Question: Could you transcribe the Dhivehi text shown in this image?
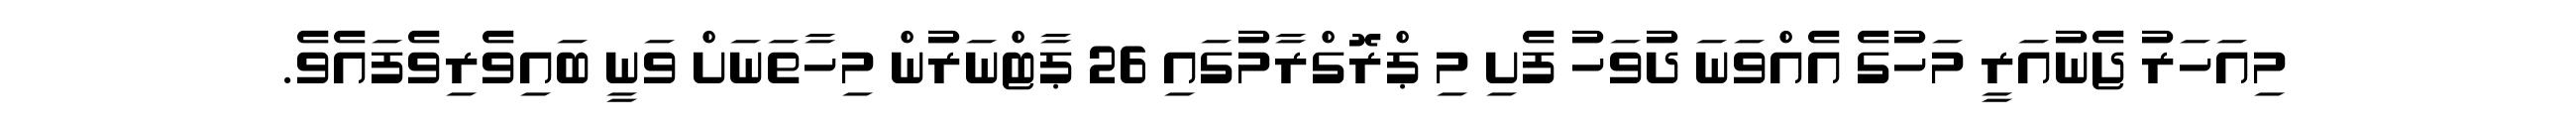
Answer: މިއަހަރު ޖެނުއަރީ މަހުގެ އެއްވަނަ ދުވަހު ފެށި މި ޕްރޮގްރާމުގައި 26 ޕާޓްނަރުން މިހާތަނަށް ވަނީ ބައިވެރިވެފައެވެ.